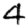
Digit: 4